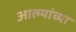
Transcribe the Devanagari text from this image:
आत्म्यांच्या